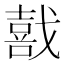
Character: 𫼅